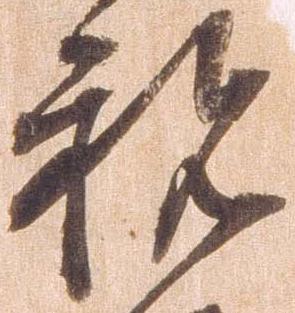
祝